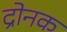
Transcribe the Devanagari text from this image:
द्रोनक